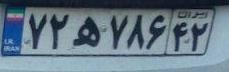
۷۲ه۷۸۶۴۲